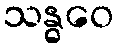
သန္ဓဝေ